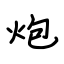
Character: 炮